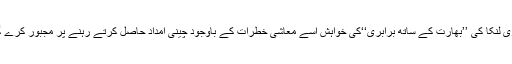
سری لنکا کی ’’بھارت کے ساتھ برابری‘‘کی خواہش اسے معاشی خطرات کے باوجود چینی امداد حاصل کرتے رہنے پر مجبور کرے گی۔